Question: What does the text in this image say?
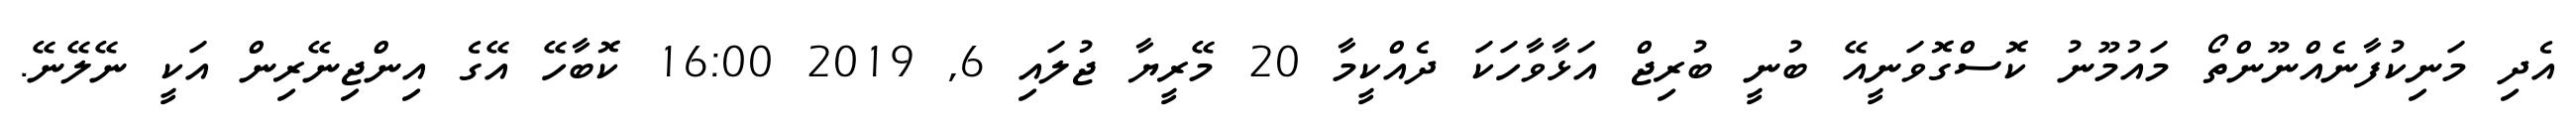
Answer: އެދި މަނިކުފާނެއްނޫންތޯ މައުމޫނު ކޮސްގޮވަނީއޭ ބުނީ ބުރިޖް އަޅާވާހަކަ ދެއްކީމާ 20 މޭރީޔާ ޖުލައި 6, 2019 16:00 ކޮބާހޭ އޭގެ އިންޖިނޭރިން އަކީ ނޭލޭނޭ.